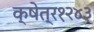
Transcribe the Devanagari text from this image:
क्षेत्र१२४३